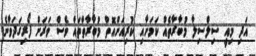
އަދި މިއީ ސިލްސިލާ މުބާރާތެއް ކަމަށާއި ކުރިއަށްއޮތް މުބާރާތްތައް ވެސް ވަރަށް ފޯރިގަދަވާނެ